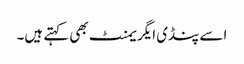
اسے پنڈی ایگریمنٹ بھی کہتے ہیں۔